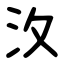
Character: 汷